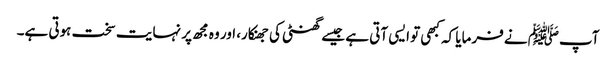
آپﷺ نے فرمایا کہ کبھی تو ایسی آتی ہے جیسے گھنٹی کی جھنکار، اور وہ مجھ پر نہایت سخت ہوتی ہے۔